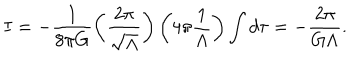
I = - \frac { 1 } { 8 \pi G } \left( \frac { 2 \pi } { \sqrt { \Lambda } } \right) \left( 4 \pi \frac { 1 } { \Lambda } \right) \int d \tau = - \frac { 2 \pi } { G \Lambda } .